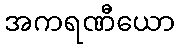
အကရဏီယော